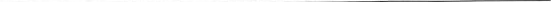
___